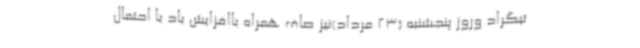
تیگراد وروز پنجشنبه (23 مرداد)نیز صاف همراه باافزایش باد با احتمال